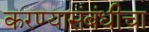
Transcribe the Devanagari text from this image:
करण्यासंबंधीचा